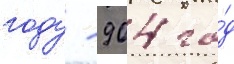
году - 904 го́д